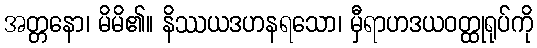
အတ္တနော၊ မိမိ၏။ နိဿယဒဟနရသော၊ မှီရာဟဒယဝတ္ထုရုပ်ကို